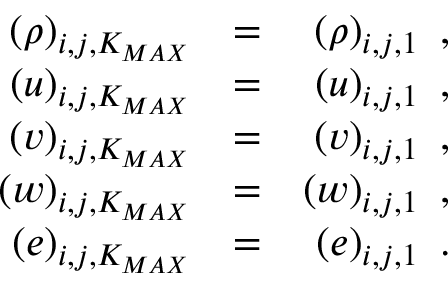
\begin{array} { r l r } { { ( \rho ) _ { i , j , K _ { M A X } } } } & { { } { = } } & { { ( \rho ) _ { i , j , 1 } \, \mathrm { ~ , ~ } } } \\ { { ( u ) _ { i , j , K _ { M A X } } } } & { { } { = } } & { { ( u ) _ { i , j , 1 } \, \mathrm { ~ , ~ } } } \\ { { ( v ) _ { i , j , K _ { M A X } } } } & { { } { = } } & { { ( v ) _ { i , j , 1 } \, \mathrm { ~ , ~ } } } \\ { { ( w ) _ { i , j , K _ { M A X } } } } & { { } { = } } & { { ( w ) _ { i , j , 1 } \, \mathrm { ~ , ~ } } } \\ { { ( e ) _ { i , j , K _ { M A X } } } } & { { } { = } } & { { ( e ) _ { i , j , 1 } \, \mathrm { ~ . ~ } } } \end{array}